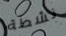
نشطة